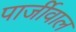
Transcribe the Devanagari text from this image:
पार्जीवाल